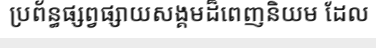
ប្រព័ន្ធផ្សព្វផ្សាយសង្គមដ៏ពេញនិយម ដែល